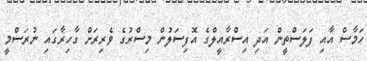
ހަމާސް އާއި ފަލަސްތީން އަދި އިސްރާއީލްގެ އޮފިސަލުން މިސްރުގެ ވެރިރަށް ގާހިރާގައި ނުރަސްމީ